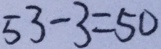
5 3 - 3 = 5 0